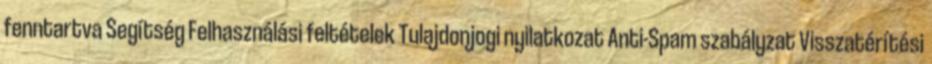
fenntartva Segítség Felhasználási feltételek Tulajdonjogi nyilatkozat Anti-Spam szabályzat Visszatérítési